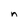
Character: n